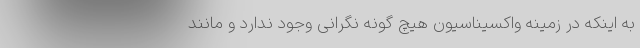
به اینکه در زمینه واکسیناسیون هیچ گونه نگرانی وجود ندارد و مانند